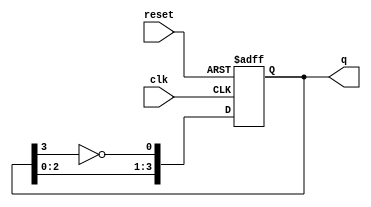
module modified_johnson_counter #(
    parameter n = 4  // Number of bits in the counter
)(
    input wire clk,       // Clock input
    input wire reset,     // Asynchronous reset
    output reg [n-1:0] q  // Output state of the counter
);

    // Internal signal for the inverted output of the last flip-flop
    wire feedback;

    // Assign feedback as the inverted output of the last flip-flop
    assign feedback = ~q[n-1];

    // Sequential logic for the Modified Johnson Counter
    always @(posedge clk or posedge reset) begin
        if (reset) begin
            q <= 0;  // Reset the counter to 0
        end else begin
            // Shift the outputs and feed back the inverted last output
            q <= {q[n-2:0], feedback};
        end
    end

endmodule